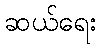
ဆယ်ရေး